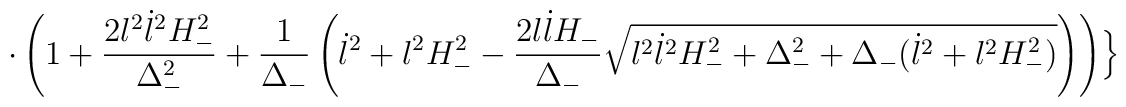
\cdot \left( 1+\frac{2l^{2}\dot{l}^{2}H_{-}^{2}}{\Delta_{-}^{2}}+\frac{1}{\Delta_{-}}\left( \dot{l}^{2}+l^{2}H_{-}^{2}-\frac{2l\dot{l}H_{-}}{\Delta_{-}} \sqrt{l^{2}\dot{l}^{2}H_{-}^{2}+\Delta_{-}^{2}+\Delta_{-} (\dot{l}^{2} +l^{2}H_{-}^{2})}\right)\right) \Bigr\}